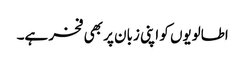
اطالویوں کو اپنی زبان پر بھی فخر ہے۔